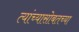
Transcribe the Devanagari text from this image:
त्यांच्यासोबतच्या